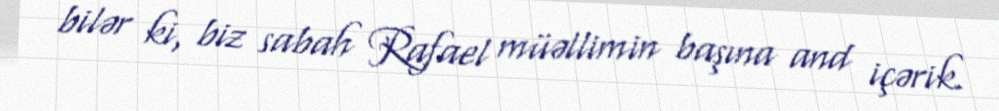
bilər ki, biz sabah Rafael müəllimin başına and içərik.